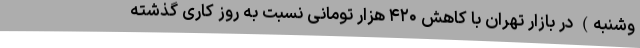
وشنبه) در بازار تهران با کاهش ۴۲۰ هزار تومانی نسبت به روز کاری گذشته